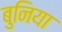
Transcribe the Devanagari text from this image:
बुनिया